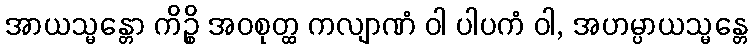
အာယသ္မန္တော ကိဉ္စိ အဝစုတ္ထ ကလျာဏံ ဝါ ပါပကံ ဝါ, အဟမ္ပာယသ္မန္တေ